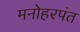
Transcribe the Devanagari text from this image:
मनोहरपंत